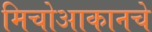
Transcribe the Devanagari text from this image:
मिचोआकानचे